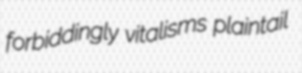
forbiddingly vitalisms plaintail